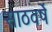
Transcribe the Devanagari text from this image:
साठवर्षे